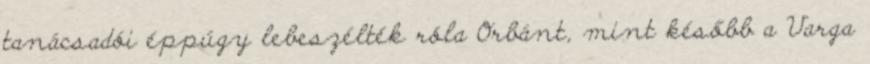
tanácsadói éppúgy lebeszélték róla Orbánt, mint később a Varga